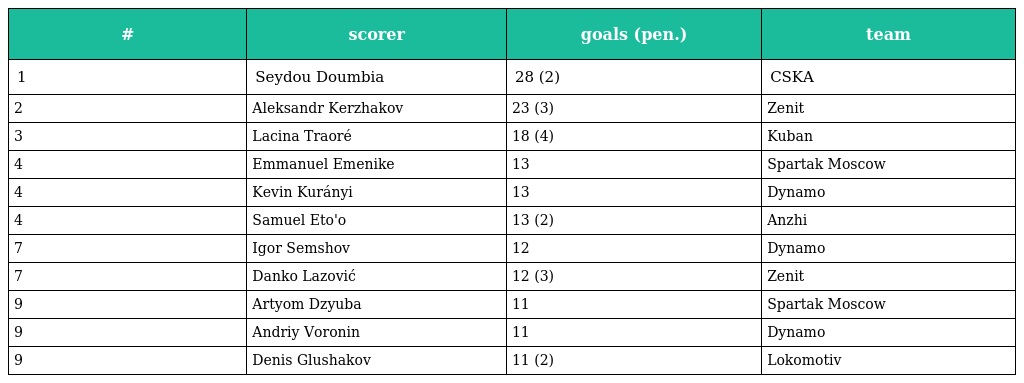
| # | scorer | goals (pen.) | team |
 | --- | --- | --- | --- |
 | 1 | Seydou Doumbia | 28 (2) | CSKA |
 | 2 | Aleksandr Kerzhakov | 23 (3) | Zenit |
 | 3 | Lacina Traoré | 18 (4) | Kuban |
 | 4 | Emmanuel Emenike | 13 | Spartak Moscow |
 | 4 | Kevin Kurányi | 13 | Dynamo |
 | 4 | Samuel Eto'o | 13 (2) | Anzhi |
 | 7 | Igor Semshov | 12 | Dynamo |
 | 7 | Danko Lazović | 12 (3) | Zenit |
 | 9 | Artyom Dzyuba | 11 | Spartak Moscow |
 | 9 | Andriy Voronin | 11 | Dynamo |
 | 9 | Denis Glushakov | 11 (2) | Lokomotiv |